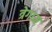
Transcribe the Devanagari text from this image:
त्रेगाम